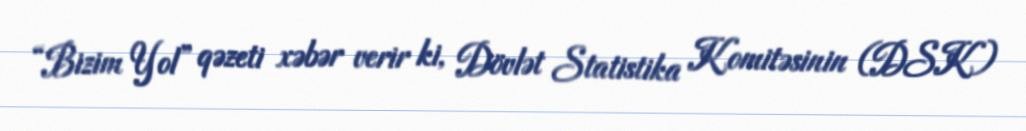
“Bizim Yol” qəzeti xəbər verir ki, Dövlət Statistika Komitəsinin (DSK)